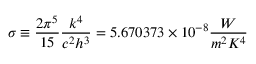
\sigma \equiv { \frac { 2 \pi ^ { 5 } } { 1 5 } } { \frac { k ^ { 4 } } { c ^ { 2 } h ^ { 3 } } } = 5 . 6 7 0 3 7 3 \times 1 0 ^ { - 8 } { \frac { W } { m ^ { 2 } K ^ { 4 } } }